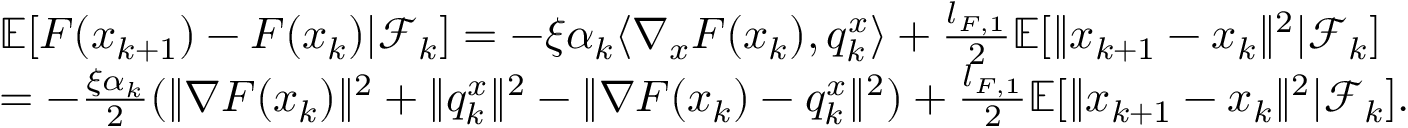
\begin{array} { r l } & { \mathbb { E } [ F ( x _ { k + 1 } ) - F ( x _ { k } ) | \mathcal { F } _ { k } ] = - \xi \alpha _ { k } \langle \nabla _ { x } F ( x _ { k } ) , q _ { k } ^ { x } \rangle + \frac { l _ { F , 1 } } { 2 } \mathbb { E } [ \| x _ { k + 1 } - x _ { k } \| ^ { 2 } | \mathcal { F } _ { k } ] } \\ & { = - \frac { \xi \alpha _ { k } } { 2 } ( \| \nabla F ( x _ { k } ) \| ^ { 2 } + \| q _ { k } ^ { x } \| ^ { 2 } - \| \nabla F ( x _ { k } ) - q _ { k } ^ { x } \| ^ { 2 } ) + \frac { l _ { F , 1 } } { 2 } \mathbb { E } [ \| x _ { k + 1 } - x _ { k } \| ^ { 2 } | \mathcal { F } _ { k } ] . } \end{array}